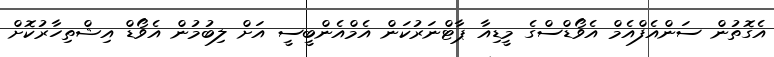
އެގޮތުން ސަންއެފްއެމް އެވޯޑްސްގެ މީޑިއާ ޕާޓްނަރުކަން އެމްއެންބީސީ އަށް ލިބުމުން އެވޯޑް އިޝްތިހާރުކޮށް